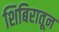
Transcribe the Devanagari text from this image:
शिबिरातून